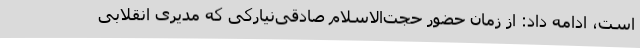
است، ادامه داد: از زمان حضور حجت‌الاسلام صادقی‌نیارکی که مدیری انقلابی